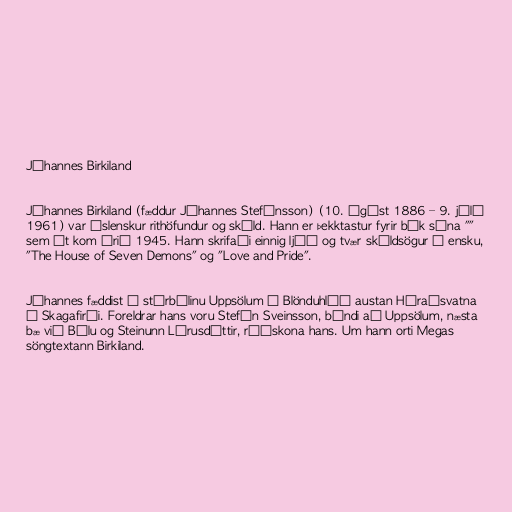
Jóhannes Birkiland

Jóhannes Birkiland (fæddur Jóhannes Stefánsson) (10. ágúst 1886 – 9. júlí
1961) var íslenskur rithöfundur og skáld. Hann er þekktastur fyrir bók sína ""
sem út kom árið 1945. Hann skrifaði einnig ljóð og tvær skáldsögur á ensku,
"The House of Seven Demons" og "Love and Pride".

Jóhannes fæddist á stórbýlinu Uppsölum í Blönduhlíð austan Héraðsvatna
í Skagafirði. Foreldrar hans voru Stefán Sveinsson, bóndi að Uppsölum, næsta
bæ við Bólu og Steinunn Lárusdóttir, ráðskona hans. Um hann orti Megas
söngtextann Birkiland.